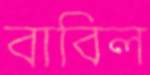
বাবিল